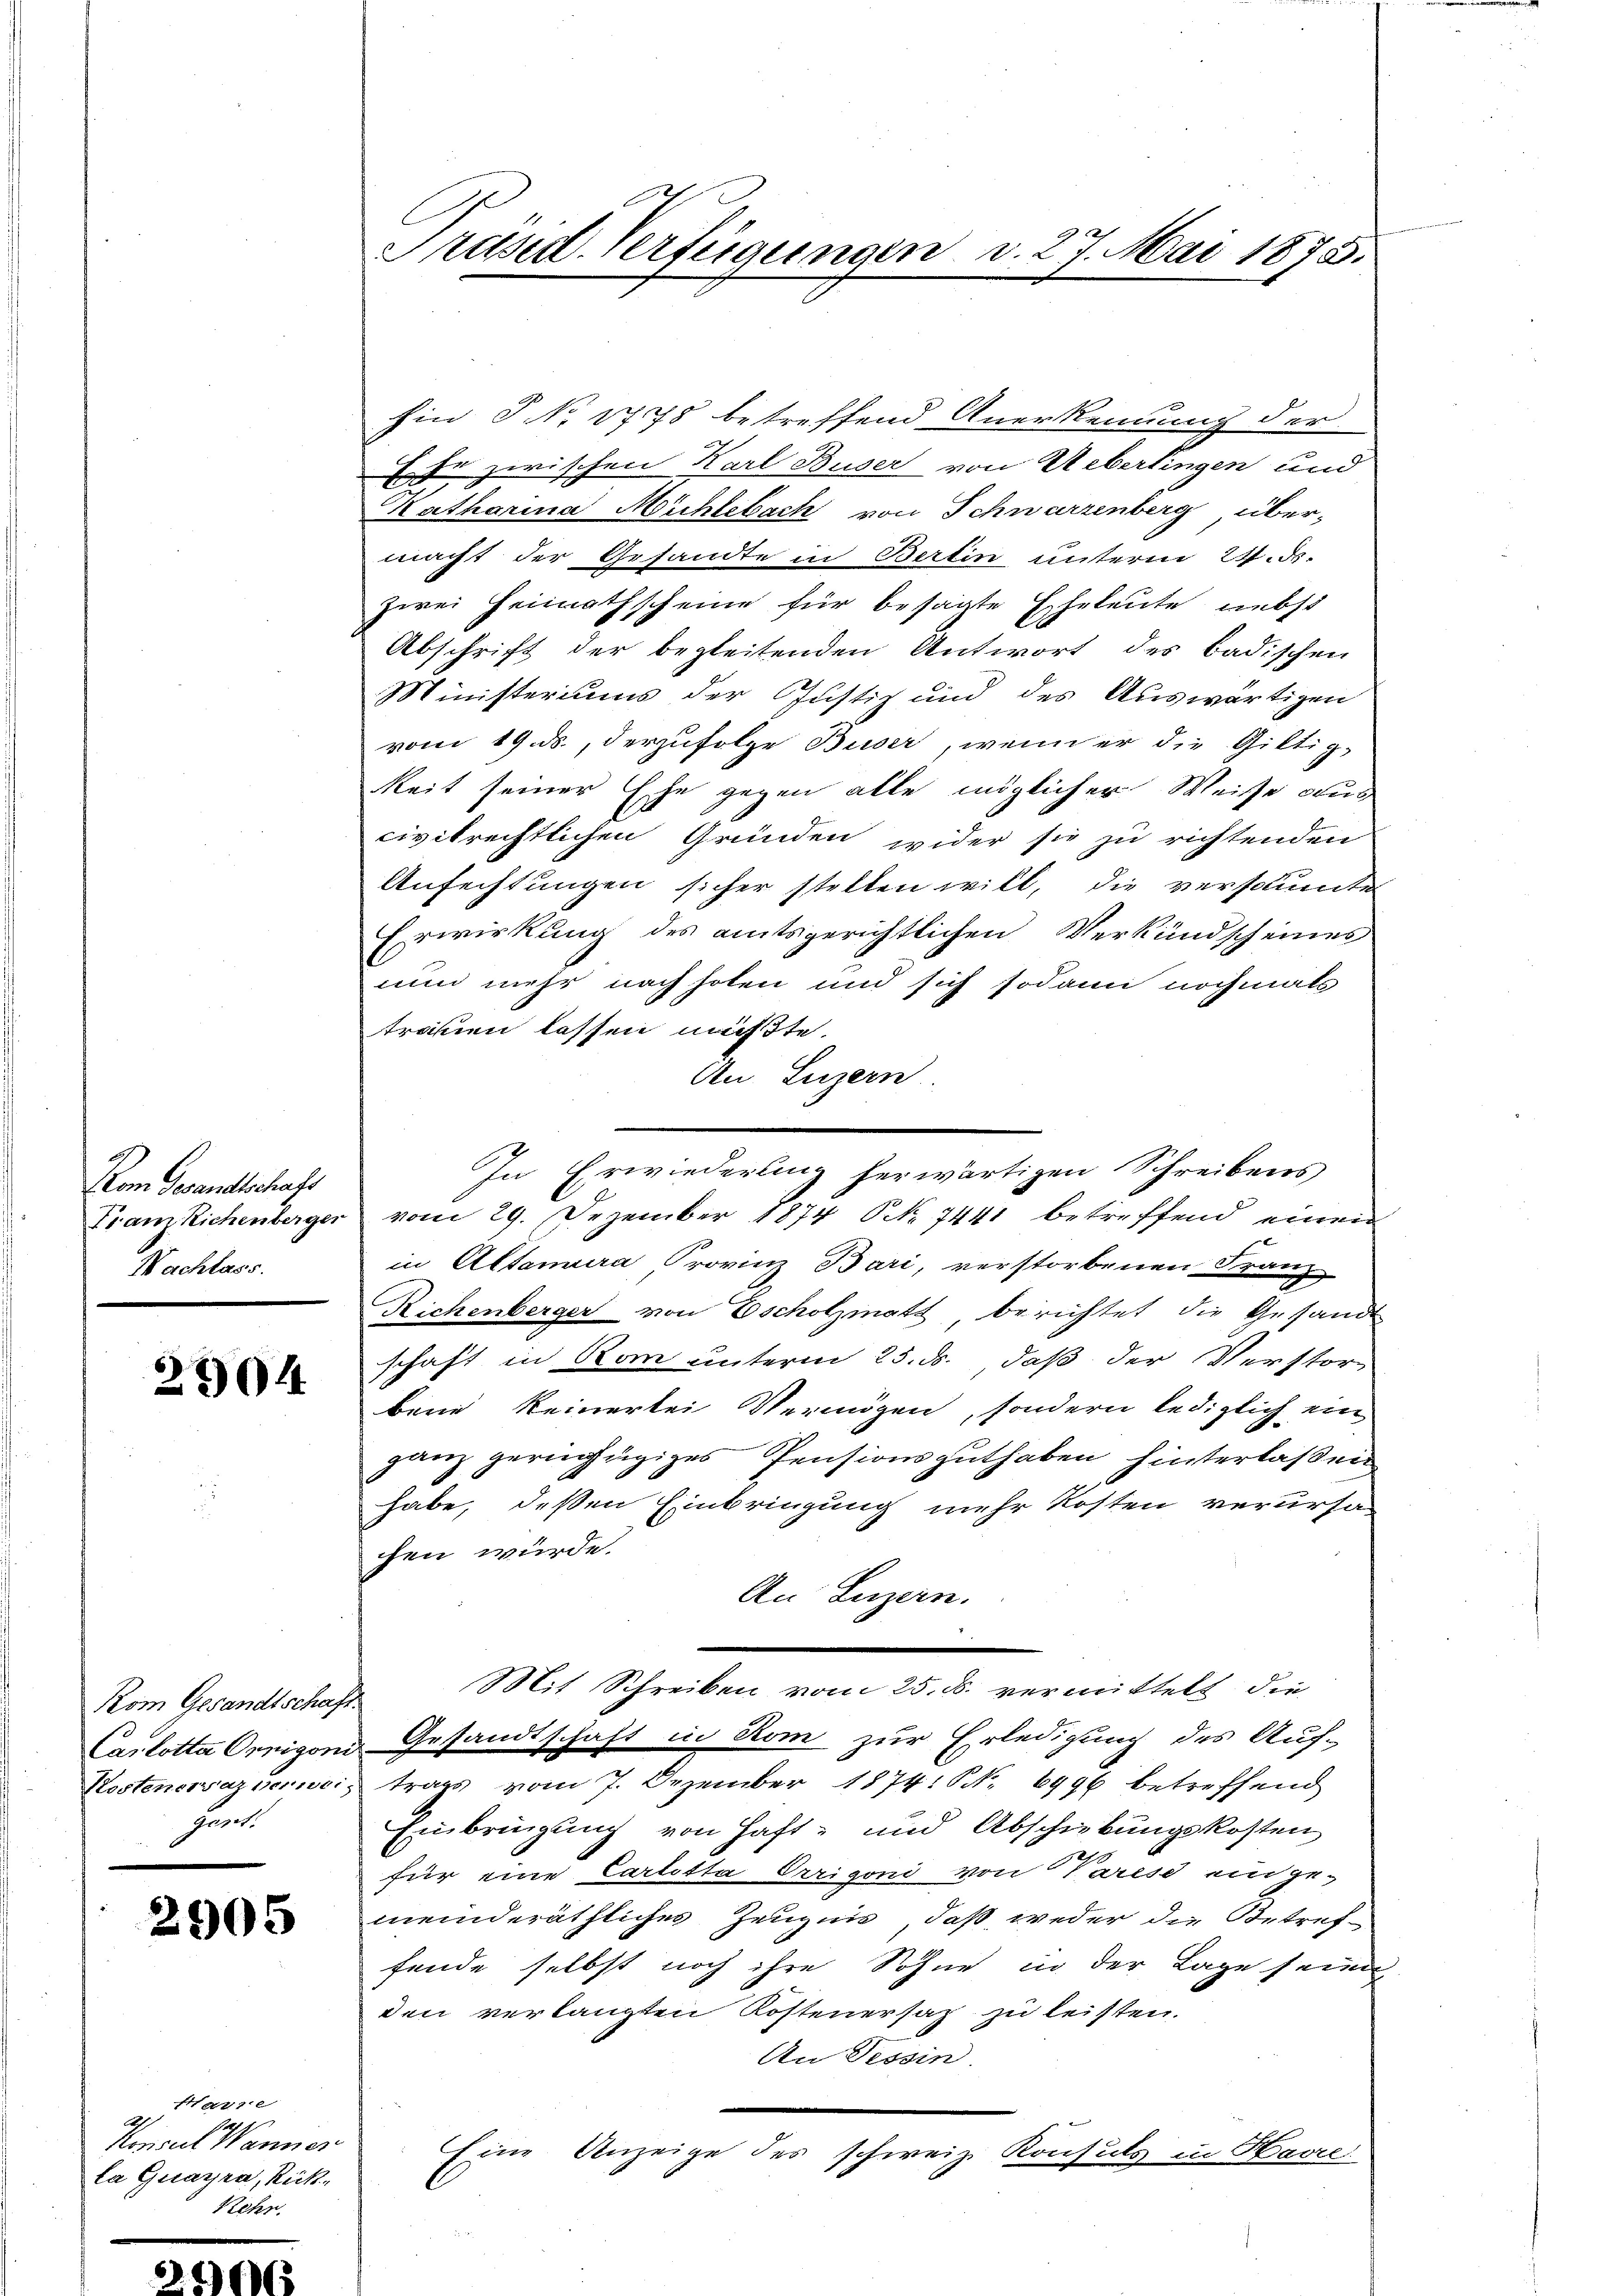
Vom Gesandtschaft
Franz Kichenberger
Nachlass.

2904

Kom Gesandtschaf
Carlotta Ornigoni
Kostenerazpenwei
Fens

2905

Harre
A
.
Konseit Wanner
la Guayra, Rück¬
Rehn.

Präsid. Verfügungen d. 27. Mai 1878.

Ein T No 1778 betreffend Anerkennung der
Ehe zwischen Karl Buser von Ueberlingen und
Katharina Mühlebach von Schwarzenberg über-
macht der Gesandte in Berlin unterm 24. d.
zwei Heimathscheine für besagte Eheleute nebst
Abschrift der begleitenden Antwort des badischen
Ministeriums der Justiz und des Auswärtigen
vom 19. ds., derzufolge Buser, wenn er die Giltig-
keit seiner Ehe gegen alle möglicher Weise aus
civitrechtlichen Gründen wider sie zu richtenden
Anfechtungen sicher stellen will, die verschumten
Erwirkung des amtsgerichtlichen Verkündscheines
nun mehr nach holen und sich sodann nochmals
trauen lassen müßte.
An Luzern.
vom 29. Dezember 1874 NNo. 7441 betreffend einen
in Altamura Provinz Bari, verstorbenen Franz
Richenberger von Escholzmatt berichtet die Gesandt
schaft in Rom unterm 25. ds. daß der Verstorbene keinertei Vermögen, sondern lediglich ein
ganz geringiges Pensionsguthaben hinterlaßen
habe, deßen Einbringung mehr Kosten verursa
chen würde.
An Luzern.
Mit Schreiben vom 25. ds. vermittelt, die
.
Gesandtschaft in Rom zur Erledigung des Auf-
trags vom 7. Dezember 1874. S. 6996 betreffend
Einbringung von Haft- und Abschiebungskosten
für eine Carlotta Orrigoni von Vares einge-
meinderäthliches Zeugnis, daß, weder die Betreffende selbst noch ihre Sohne in der Lage sein
den verlangten Kostenersaz zu leisten.
An Tessin.
Eine Anzeige des schweiz. Konsuls in Havre:

In Erwiederung herwärtigen Schreibens